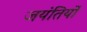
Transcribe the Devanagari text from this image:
जयंतियों